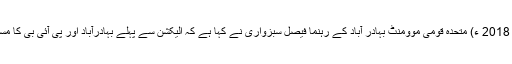
جمعہ 20 اپریل 2018 ء) متحدہ قومی موومنٹ بہادر آباد کے رہنما فیصل سبزواری نے کہا ہے کہ الیکشن سے پہلے بہادرآباد اور پی آئی بی کا مسئلہ نمٹ جائیگا ۔